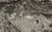
ترسلني